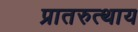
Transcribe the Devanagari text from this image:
प्रातरुत्थाय